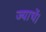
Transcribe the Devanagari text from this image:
ज्याचें।